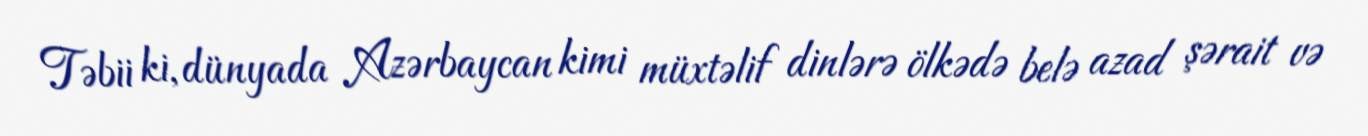
Təbii ki, dünyada Azərbaycan kimi müxtəlif dinlərə ölkədə belə azad şərait və